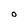
Character: O